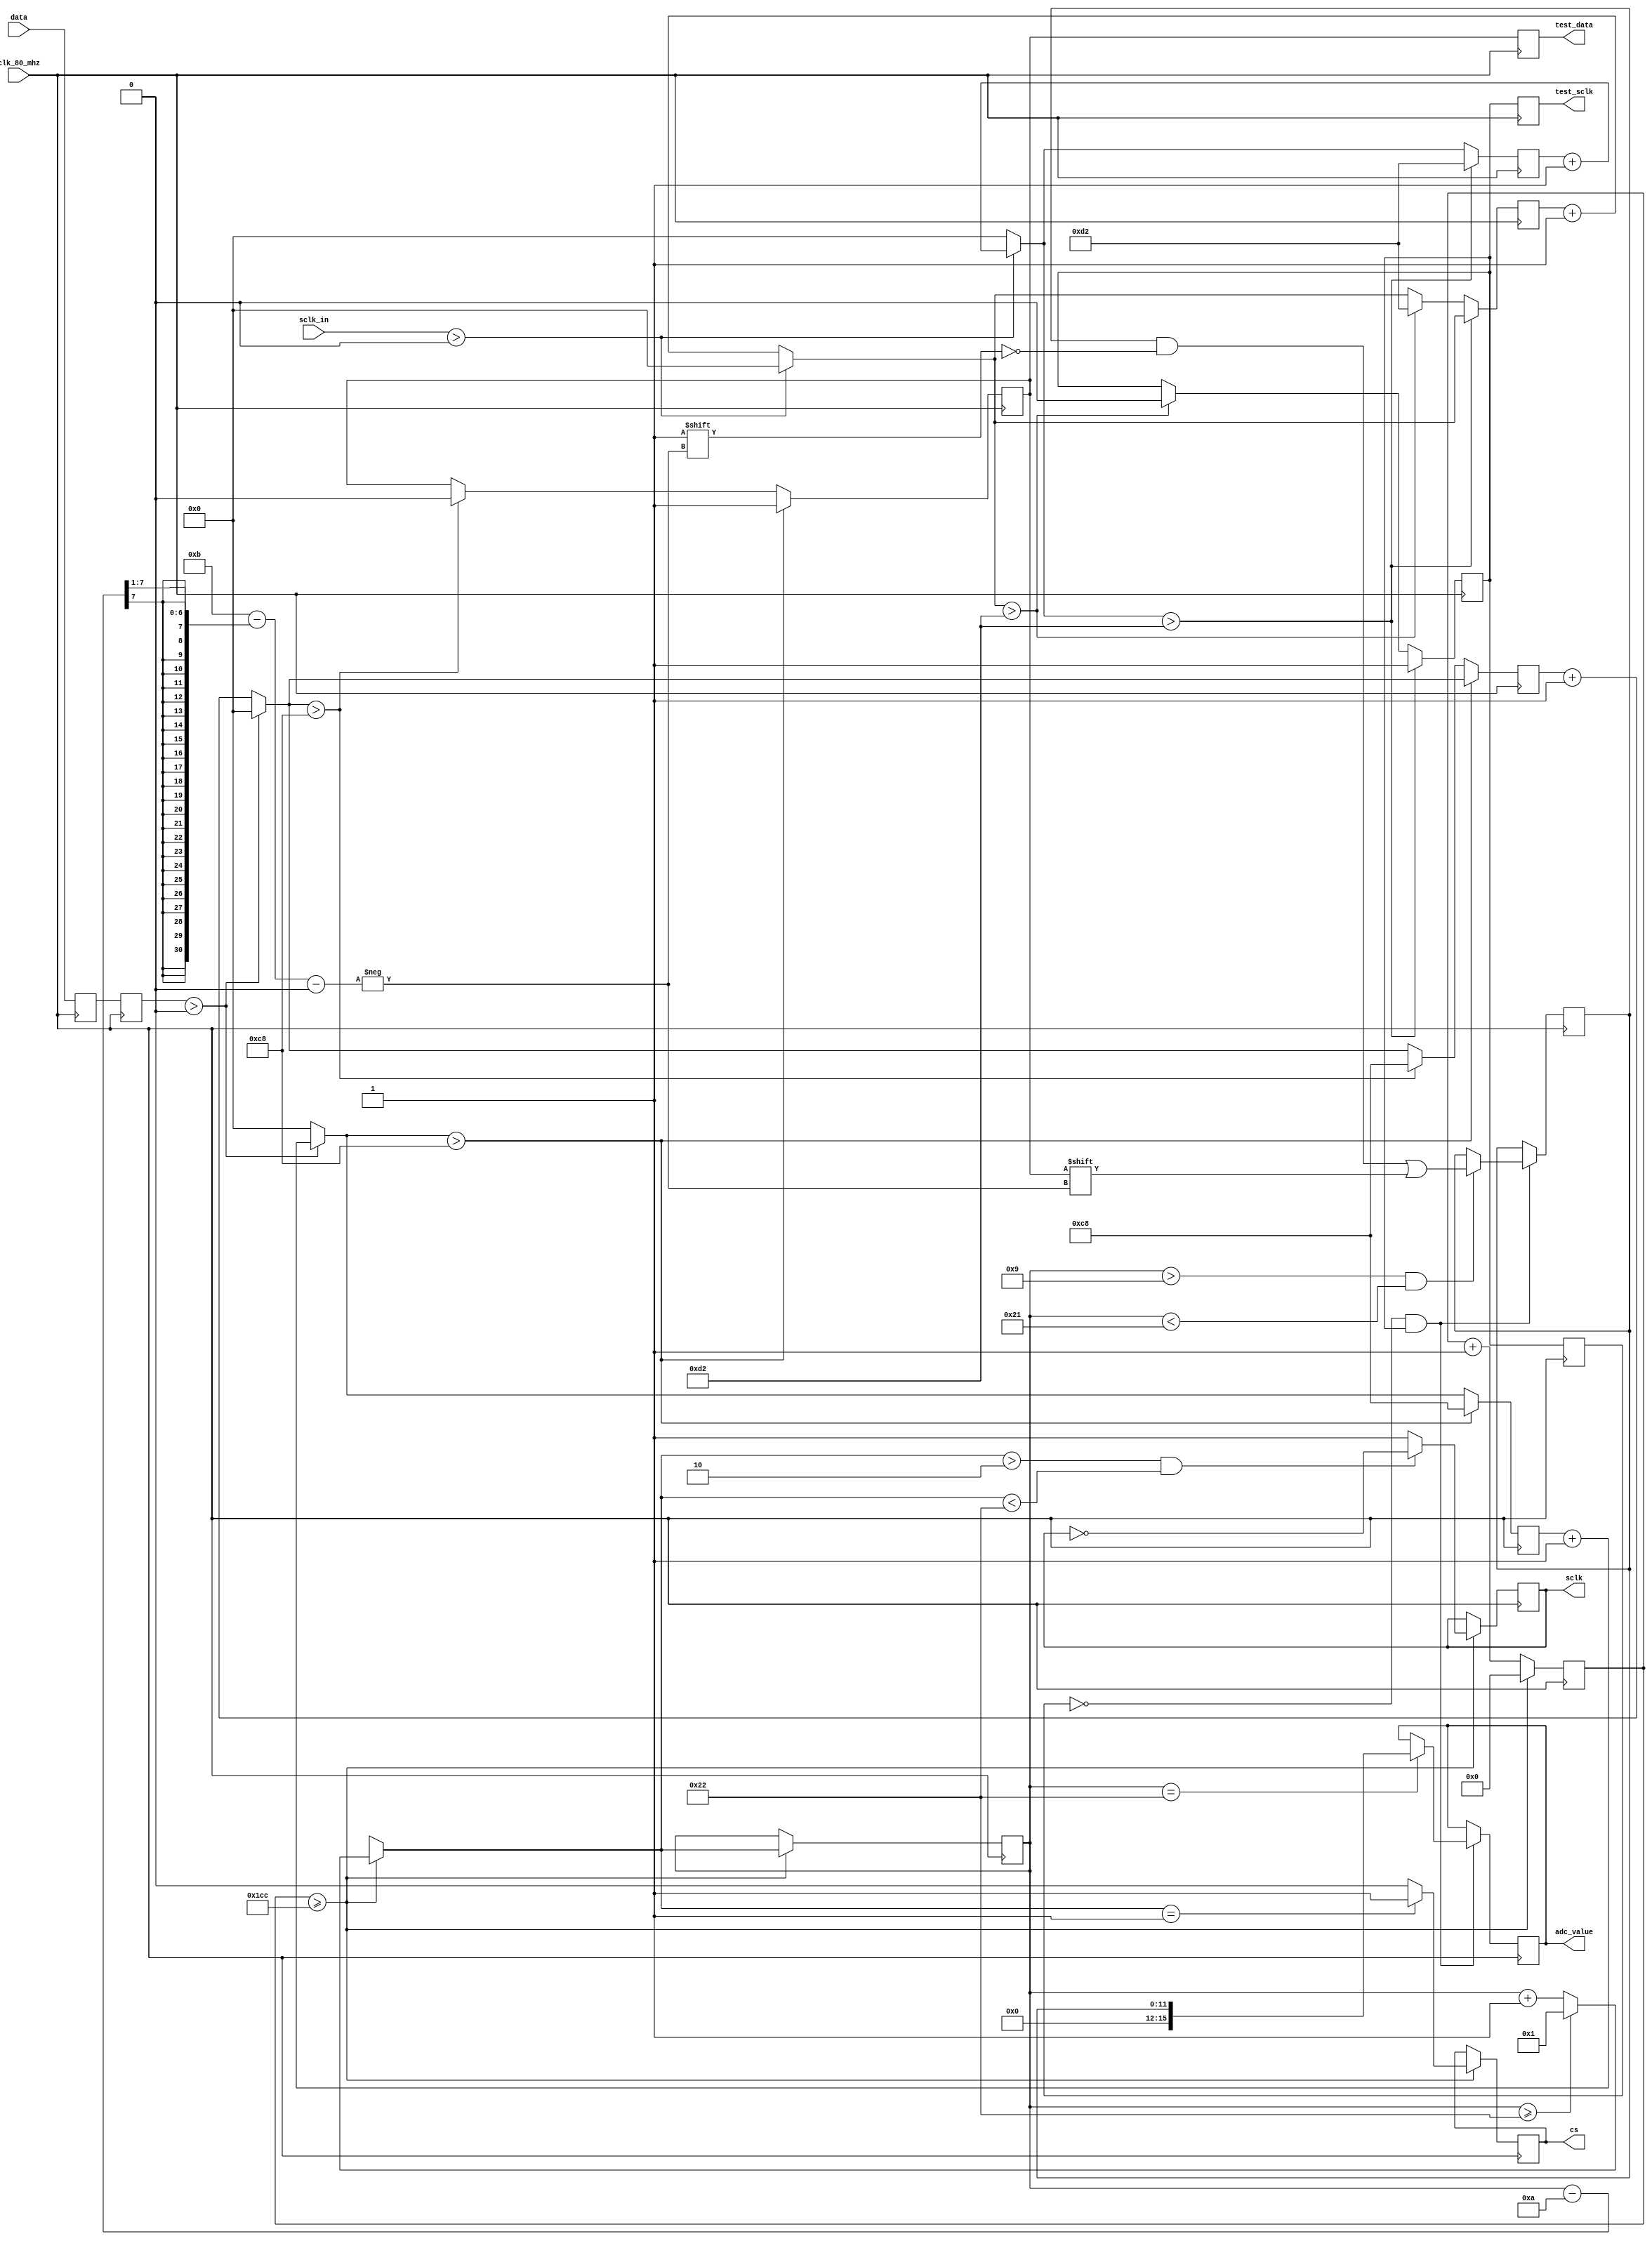
module adc (input clk_80_mhz, 
			input data, 
			input sclk_in,			
			output reg cs, 
			output reg sclk, 
			output reg [15:0] adc_value,
			output reg test_data,
			output reg test_sclk);
			
reg [11:0] freq_count;
reg [11:0] adc_data;
reg [6:0] n_bit;
reg data_buff1_into;
reg data_buff2;
reg [8:0] cnt_u1, cnt_d1, filtr_const1;
reg [8:0] cnt_u3, cnt_d3, filtr_const3;
reg sclk_out;
reg data_filtered;
reg old_sclk;

initial begin
	freq_count = 0;
	cs = 1;
	sclk = 1;
	adc_value = 0;
	n_bit = 1;
	data_buff1_into = 0;
	data_buff2 = 0;
	cnt_u1 = 0;
	cnt_u3 = 0;
	cnt_d1 = 0;
	cnt_d3 = 0;
	filtr_const1 = 200;
	filtr_const3 = 210;
	adc_data = 0;
	sclk_out = 1;
	data_filtered = 0;
	old_sclk = 1;	
end

always @(posedge clk_80_mhz) data_buff1_into <= data;

always @(posedge clk_80_mhz) begin

	data_buff2 <= data_buff1_into;

	test_data<=data_filtered;
	test_sclk<=sclk_out;
	
	if (data_buff2 > 0) 	
		begin cnt_u1 = cnt_u1 + 1; cnt_d1 = 0; end
	else 			
		begin cnt_d1 = cnt_d1 + 1; cnt_u1 = 0; end	
	if (cnt_u1 > filtr_const1) 		
		begin cnt_u1 = filtr_const1; data_filtered <= 1; end
	else if (cnt_d1 > filtr_const1) 	
		begin cnt_d1 = filtr_const1; data_filtered <= 0; end


	if (sclk_in > 0) 	
		begin cnt_u3 = cnt_u3 + 1; cnt_d3 = 0; end
	else 			
		begin cnt_d3 = cnt_d3 + 1; cnt_u3 = 0; end	
	if (cnt_u3 > filtr_const3) 		
		begin cnt_u3 = filtr_const3; sclk_out <= 1; end
	else if (cnt_d3 > filtr_const3) 	
		begin cnt_d3 = filtr_const3; sclk_out <= 0; end
		
	if(old_sclk == 0 && sclk_out == 1) begin
		if(n_bit > 9 && n_bit < 33)
			adc_data[11-(((n_bit-10)>>1))] <= data_filtered;
		if(n_bit == 34)
			adc_value <= adc_data;
	end
	else begin end
		
	if(freq_count >= 460) begin
		
		if(n_bit >= 34)
			n_bit = 1;
		else
			n_bit = n_bit + 1;
		
		if(n_bit > 2 && n_bit < 34)
			sclk <= ~sclk;
		else
			sclk <= 1;
	
		if(n_bit == 1)
			cs <= 1;
		else
			cs <= 0;
	
		freq_count <= 0;		
		end
		else
			freq_count <= freq_count + 1;
	
	old_sclk <= sclk_out;
		
end

endmodule